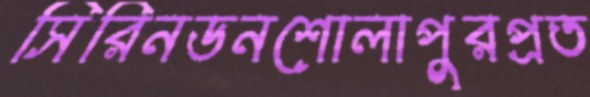
সিরিনডনশোলাপুরপ্রত